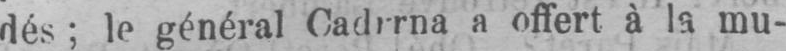
a offert à la mu-